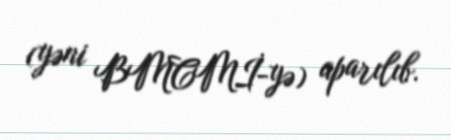
(yəni BMCMİ-yə) aparılıb.